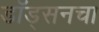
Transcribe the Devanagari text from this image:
डॉड्सनचा